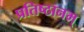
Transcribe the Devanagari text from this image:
प्रतिष्ठानम्